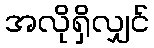
အလိုရှိလျှင်